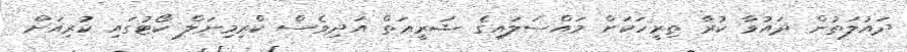
ދައުލަތުން ދައުވާ ކުރާ ތިރީހަކަށް މައްސަލައިގެ ޝަރީޢަތް އަދިވެސް ކްރިމިނަލް ކޯޓުގައި ކުރިއަށް